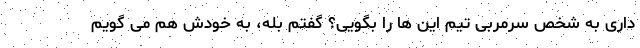
داری به شخص سرمربی تیم این ها را بگویی؟ گفتم بله، به خودش هم می گویم